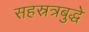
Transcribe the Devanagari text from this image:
सहस्रत्रबुद्धे